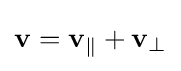
\mathbf {v} =\mathbf {v} _{\parallel }+\mathbf {v} _{\perp }